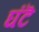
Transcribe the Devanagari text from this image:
घंटॆ